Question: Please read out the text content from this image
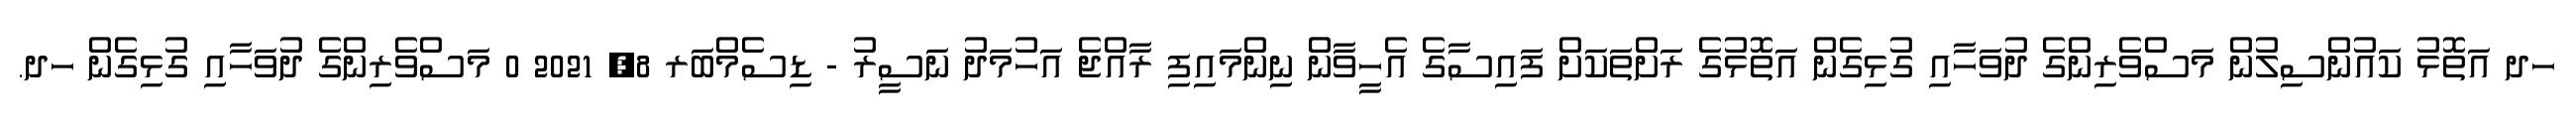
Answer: ހދ އަތޮޅު ކައުންސިލުން މަސްވެރިންގެ ދުވަހާއި ގުޅިގެން އަތޮޅުގެ ރަށްތަކަށް ފައިސާގެ އެހީވާން ނިންމައިފި ރާއްޖެ އަހުމަދު ނަސީރު - ޑިސެމްބަރ 8, 2021 0 މަސްވެރިންގެ ދުވަހާއި ގުޅިގެން ހދ.